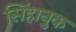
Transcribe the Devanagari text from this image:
सिंहानुक